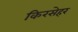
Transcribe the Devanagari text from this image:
किरसेहर